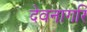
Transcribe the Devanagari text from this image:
देवनागरि